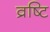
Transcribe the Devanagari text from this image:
व्रष्टि